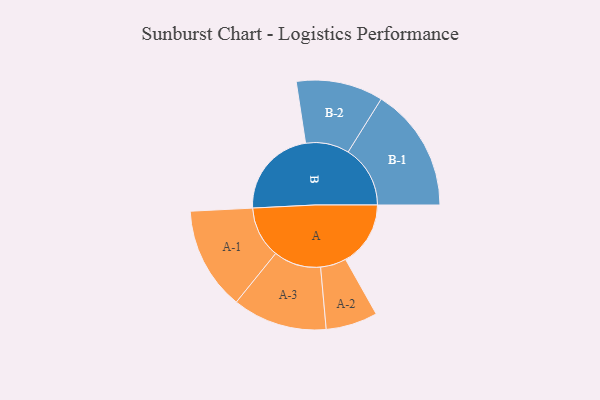
{"axis": {"x": "Segment", "y": "Value"}, "legend": ["", "A", "B"], "data": [{"x": "A", "y": 276, "type": ""}, {"x": "B", "y": 383, "type": ""}, {"x": "A-1", "y": 219, "type": "A"}, {"x": "A-2", "y": 110, "type": "A"}, {"x": "A-3", "y": 201, "type": "A"}, {"x": "B-1", "y": 264, "type": "B"}, {"x": "B-2", "y": 185, "type": "B"}]}